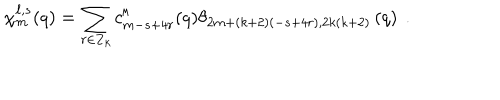
\chi _ { m } ^ { \ell , s } ( q ) = \sum _ { r \in { \bf Z } _ { k } } c _ { m - s + 4 r } ^ { \ell } ( q ) \theta _ { 2 m + ( k + 2 ) ( - s + 4 r ) , 2 k ( k + 2 ) } \left( q \right) ~ .